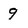
Character: 9